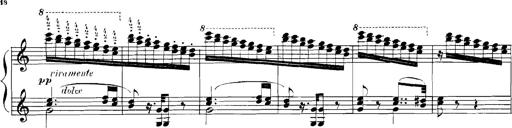
Title: Rhapsodies hongroises
Composer: Franz Liszt